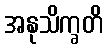
အနုသိက္ခတိ